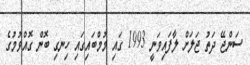
ސަންޖޭ ދަތު ޖަލަށް ލާފައިވަނީ 1993 ގައި މުމްބައިގައި ހިނގި ބޮން ގޮއްވުމުގެ